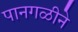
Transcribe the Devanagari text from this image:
पानगळीने